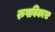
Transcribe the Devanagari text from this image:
रुपविकास